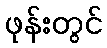
ဖုန်းတွင်